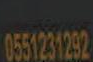
055121232